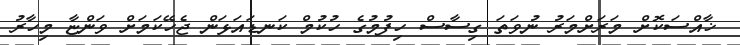
ޚާއްސަކޮށް މަރަށްމަރު ނުވަތަ ގިސާސް ހިފުމުގެ ހުކުމް ކަނޑައަޅަން ޖެހޭކަމަށް ވަންޏާ މިހާރު